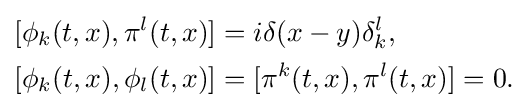
{\begin{aligned}{}[\phi _{k}(t,x),\pi ^{l}(t,x)]&=i\delta (x-y)\delta _{k}^{l},\\{}[\phi _{k}(t,x),\phi _{l}(t,x)]&=[\pi ^{k}(t,x),\pi ^{l}(t,x)]=0.\end{aligned}}